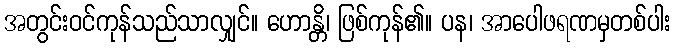
အတွင်းဝင်ကုန်သည်သာလျှင်။ ဟောန္တိ၊ ဖြစ်ကုန်၏။ ပန၊ အာပေါဖရဏမှတစ်ပါး